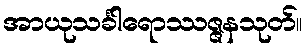
အာယုသင်္ခါရောဿဇ္ဇနသုတ်။